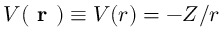
V ( \textbf { r } ) \equiv V ( r ) = - Z / r